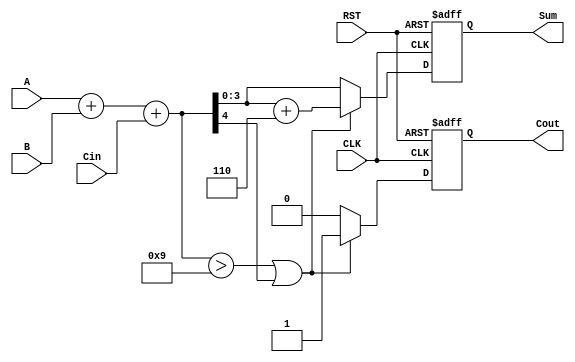
module BCD_Synchronous_Adder (
    input  wire [3:0] A,      // First BCD digit
    input  wire [3:0] B,      // Second BCD digit
    input  wire Cin,           // Carry input
    input  wire CLK,           // Clock signal
    input  wire RST,           // Reset signal
    output reg [3:0] Sum,      // BCD sum output
    output reg Cout            // Carry output
);

    reg [4:0] binary_sum;      // 5-bit to accommodate carry

    always @(posedge CLK or posedge RST) begin
        if (RST) begin
            Sum <= 4'b0000;     // Reset Sum to 0
            Cout <= 1'b0;       // Reset Cout to 0
        end else begin
            // Step 1: Compute binary sum
            binary_sum = A + B + Cin;

            // Step 2: BCD Correction
            if (binary_sum > 4'b1001 || binary_sum[4]) begin
                // If the sum exceeds 9 or there is a carry-out
                binary_sum = binary_sum + 5'b00110; // Add 6 for BCD correction
                Cout <= 1'b1; // Set carry-out
            end else begin
                Cout <= 1'b0; // No carry-out
            end

            // Step 3: Assign the corrected sum to Sum
            Sum <= binary_sum[3:0]; // Take the lower 4 bits as the BCD result
        end
    end

endmodule